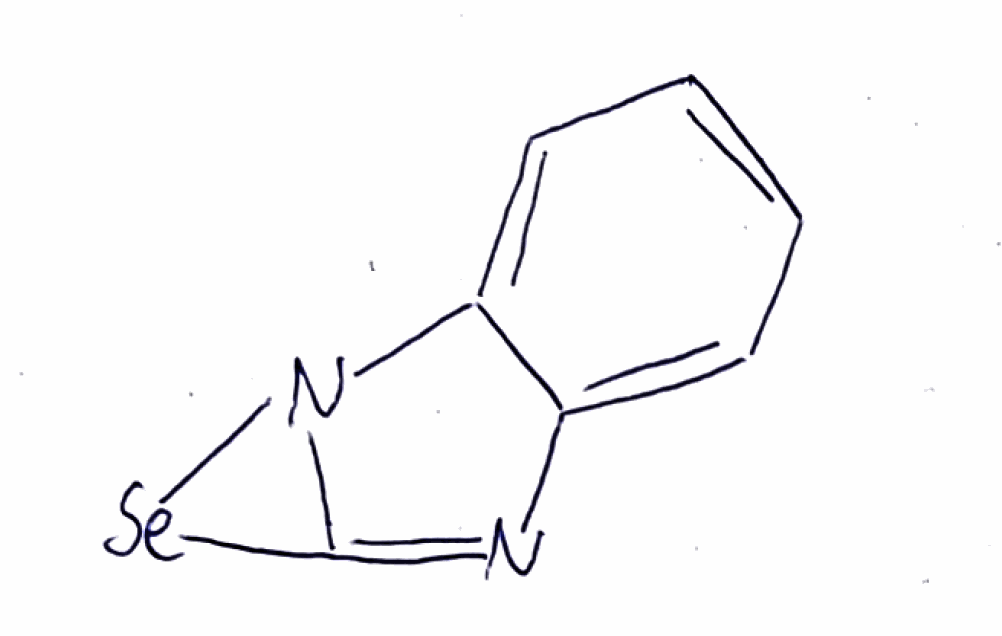
Simplified molecular-input line-entry system (SMILES) notation of the given molecule:
C1=CC=C2C(=C1)N=C3N2[Se]3